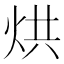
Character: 烘